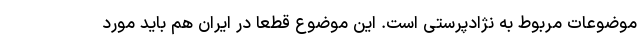
موضوعات مربوط به نژادپرستی است. این موضوع قطعا در ایران هم باید مورد